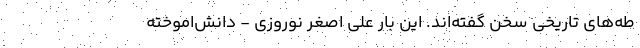
طه‌های تاریخی سخن گفته‌اند. این بار علی اصغر نوروزی - دانش‌اموخته